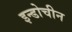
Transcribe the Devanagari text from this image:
इन्डोचीन